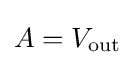
\,\!A=V_{\rm {out}}